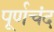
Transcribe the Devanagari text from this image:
पूर्णचंद